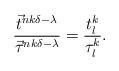
LaTeX: \begin{align*}\frac{\vec{t}^{nk\delta-\lambda}}{\vec{\tau}^{nk\delta-\lambda}}=\frac{t_{l}^{k}}{\tau_{l}^{k}}.\end{align*}